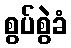
စွပ်စွဲခံ